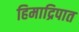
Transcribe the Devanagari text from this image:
हिमाद्रिपात